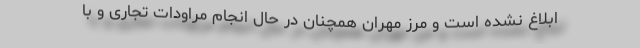
ابلاغ نشده است و مرز مهران همچنان در حال انجام مراودات تجاری و با